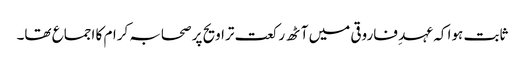
ثابت ہوا کہ عہد ِ فاروقی میں آٹھ رکعت تراویح پر صحابہ کرام کا اجماع تھا۔